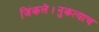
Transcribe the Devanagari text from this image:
जिंकले।नुकत्याच